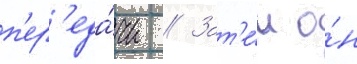
п'ер'еда́чи // Зат'е́м о́н